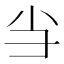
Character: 𢑐